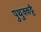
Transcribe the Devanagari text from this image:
पुथुक्कट्टै